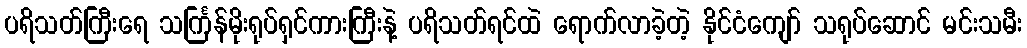
ပရိသတ်ကြီးရေ သင်္ကြန်မိုးရုပ်ရှင်ကားကြီးနဲ့ ပရိသတ်ရင်ထဲ ရောက်လာခဲ့တဲ့ နိုင်ငံကျော် သရုပ်ဆောင် မင်းသမီး